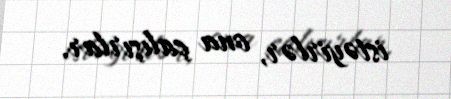
istəyirlər, ona çalışırlar.